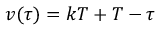
v ( \tau ) = k T + T - \tau